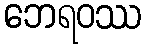
ဘေရဝဿ